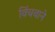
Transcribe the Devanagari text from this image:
विंचवाने